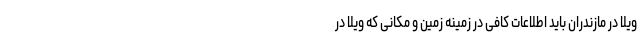
ویلا در مازندران باید اطلاعات کافی در زمینه زمین و مکانی که ویلا در